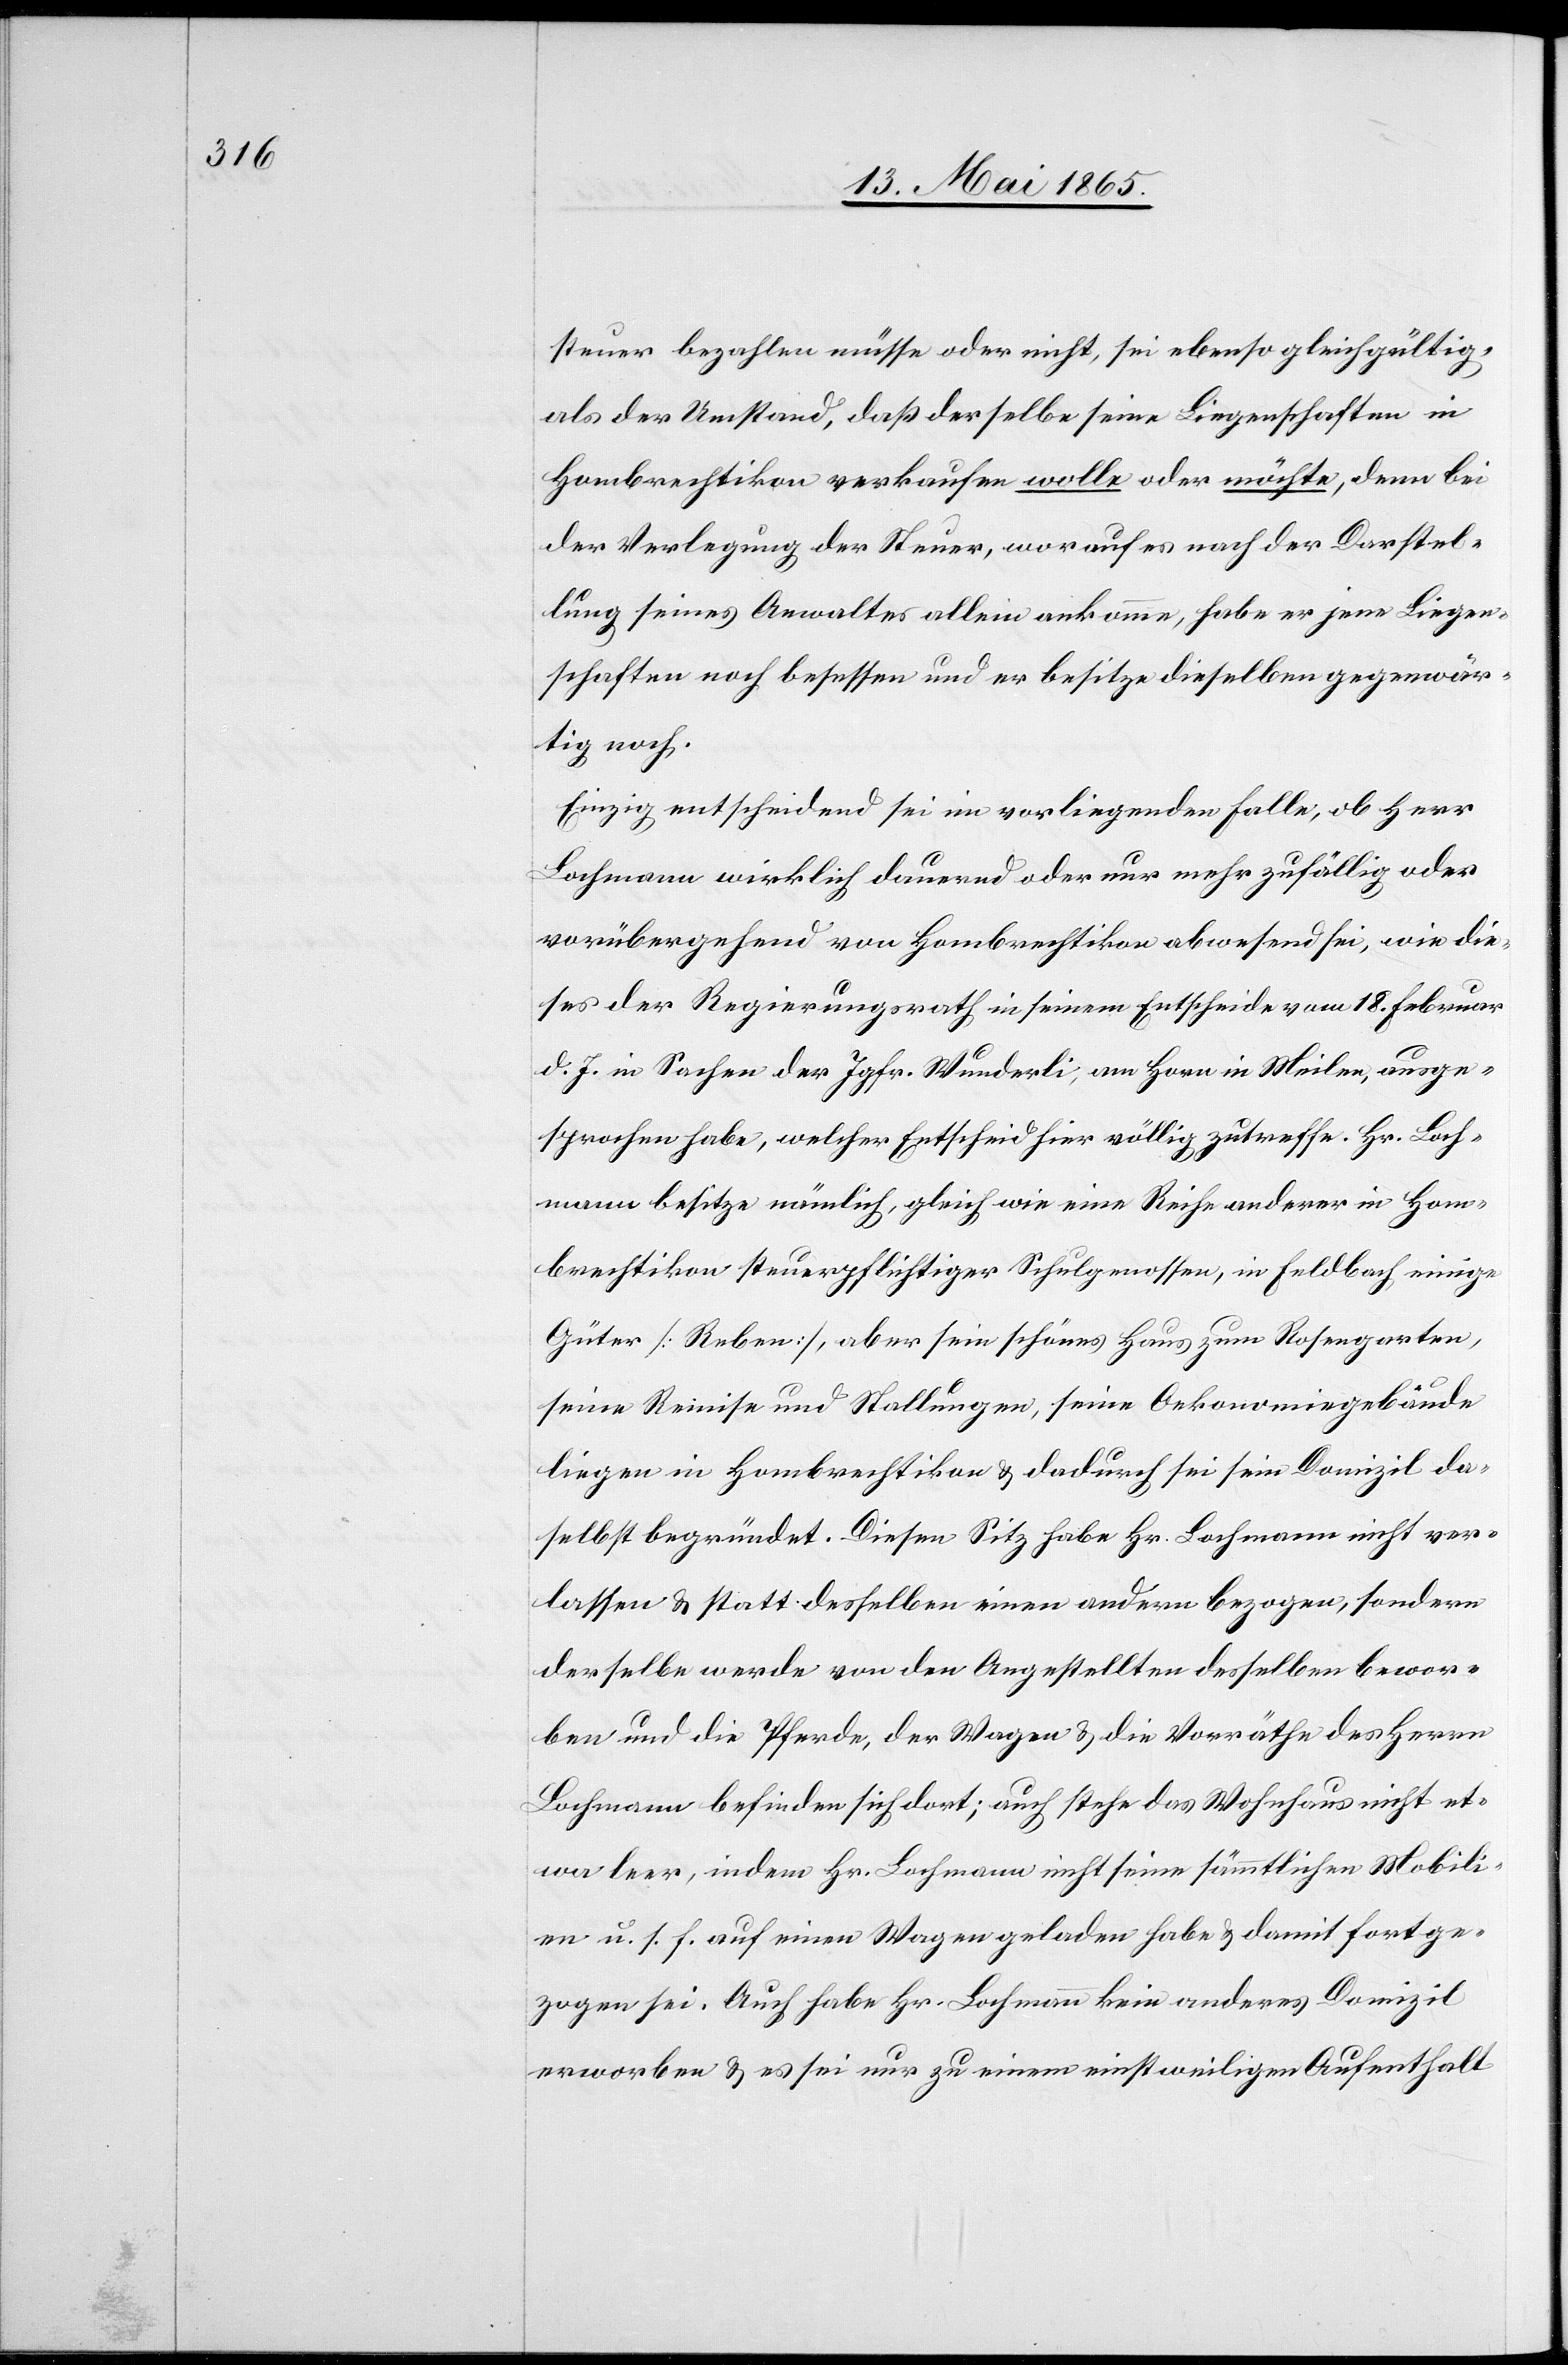
steuer bezahlen müsse oder nicht, sei ebenso gleichgültig
als der Umstand, daß derselbe seine Liegenschaften in
Homberchtikon verkaufen wolle oder möchte, denn bei
der Verlegung der Steuer, worauf es nach der Darstel¬
lung seines Anwaltes allein ankomme, habe er jene Liegen¬
schaften noch besessen und er besitze dieselben gegenwär¬
tig noch.
Einzig entscheidend sei im vorliegenden Falle, ob Herr
Lochmann wirklich dauernd oder nur mehr zufällig oder
vorübergehend von Hombrechtikon abwesend sei, wie die¬
ses der Regierungsrath in seinem Entscheide vom 18. Februar
d. J. in Sachen der Jgfr. Wunderli, am Horn in Meilen, ausge¬
sprochen habe, welcher Entscheid völlig zutreffe. Hr. Loch¬
mann besitze nämlich, gleich wie eine Reihe anderer in Hom¬
brechtikon steuerpflichtiger Schulgenossen, in Feldbach einige
Güter [Reben], aber sein schönes Haus zum Rosengarten,
seine Remise und Stallungen, seine Oekonomiegebäude
liegen in Hombrechtikon & dadurch sei sein Domizil da¬
selbst begründet. Diesen Sitz habe Hr. Lochmann nicht ver¬
lassen & statt desselben einen andern bezogen, sondern
derselbe werde von den Angestellten desselben bewor¬
ben und die Pferde, der Wagen & die Vorräthe des Herrn
Lochmann befinden sich dort; auch stehe das Wohnhaus nicht et¬
wa leer, indem Hr. Lochmann nicht seine sämmtlichen Mobili¬
en u. s. f. auf einen Wagen geladen habe & damit fortge¬
zogen sei. Auch habe Hr. Lochmann kein anderes Domizil
erworben & es sei nur zu einem einstweiligen Aufenthalt